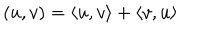
LaTeX: ( u , v ) = \langle u , v \rangle + \langle v , u \rangle